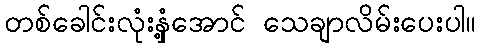
တစ်ခေါင်းလုံးနှံ့အောင် သေချာလိမ်းပေးပါ။